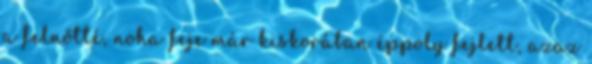
a felnőtté, noha feje már kiskorában éppoly fejlett, azaz